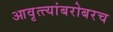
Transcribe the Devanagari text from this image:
आवृत्त्यांबरोबरच